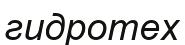
гидротех